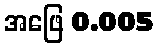
အဖြေ 0.005